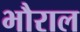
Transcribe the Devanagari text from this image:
भौराल